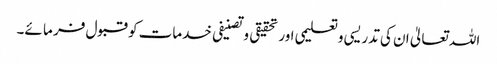
اللہ تعالیٰ ان کی تدریسی وتعلیمی اور تحقیقی وتصنیفی خدمات کو قبول فر ما ئے۔